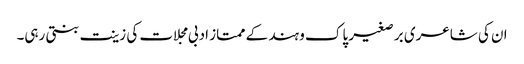
ان کی شاعری بر صغیر پاک و ہند کے ممتاز ادبی مجلات کی زینت بنتی رہی۔